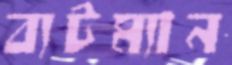
ব্যটম্যান